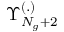
\Upsilon _ { N _ { g } + 2 } ^ { ( . ) }